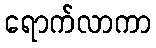
ရောက်လာကာ